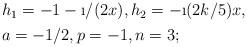
LaTeX: \begin{align*}\begin{aligned}&h_1 = -1 - \i/(2x),h_2 = -\i (2k/5)x,\\&a=-1/2,p=-1,n=3 ;\end{aligned}\end{align*}